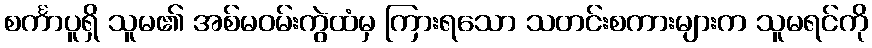
စင်္ကာပူရှိ သူမ၏ အစ်မဝမ်းကွဲထံမှ ကြားရသော သတင်းစကားများက သူမရင်ကို